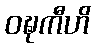
ဝဍ္ဎကီဟိ